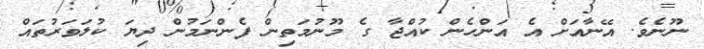
ނޫނެވެ. އޭނާއަށް އެ އަންހެން ކުއްޖާ ގެ މޫނުމަތިން ފެންނަމުން ދިޔަ ކުލަވަރުތައް